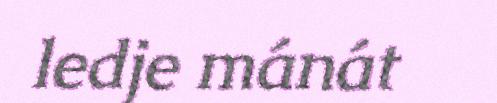
ledje mánát